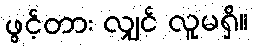
ဖွင့်တား လျှင် လူမရှိ။